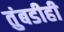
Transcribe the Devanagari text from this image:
तुंबडीही